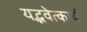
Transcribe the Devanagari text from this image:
यद्भवेत्कार्यं